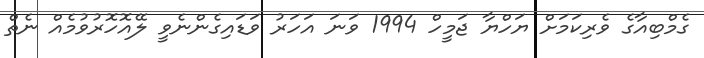
ގެމްބިއާގެ ވެރިކަމަށް ޔަހްޔާ ޖަމީހް 1994 ވަނަ އަހަރު ވަޑައިގެންނެވީ ލޭއޮހޮރުވުމެއް ނެތް